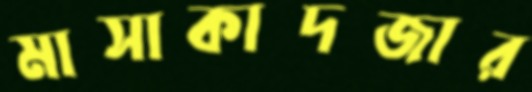
মাসাকাদজার